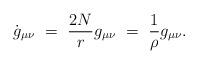
LaTeX: \begin{align*}\dot{g}_{\mu\nu}~=~{2N \over r} g_{\mu\nu}~=~{1 \over \rho} g_{\mu\nu}.\end{align*}